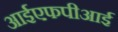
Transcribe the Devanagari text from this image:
आईएफपीआई